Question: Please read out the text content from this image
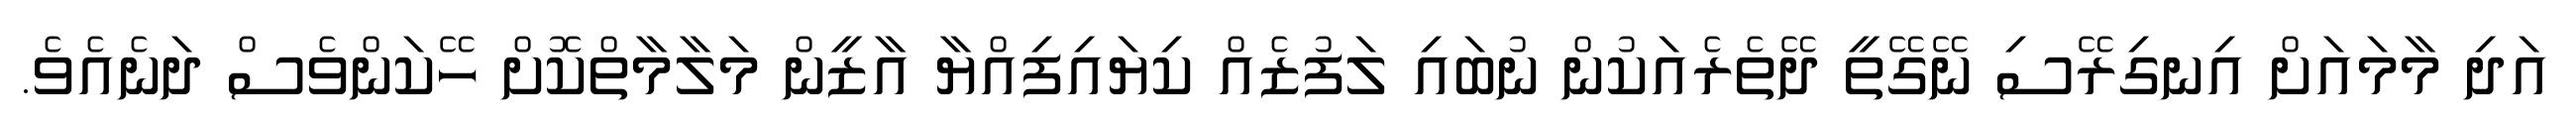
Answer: އަދި މާމައަށް އިނގިރޭސި ނޭގޭތީ ދޭތެރެއަކުން ނުބައި ލަފުޒެއް ކިޔައިފިއްޔާ އާޒީން މަލާމާތްކޮށް ހޭކަންވެސް ދަނެއެވެ.